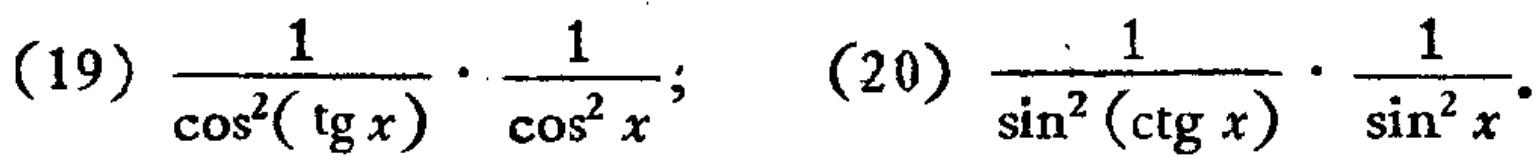
(19) \(\frac{1}{\cos^{2}(\tg x)}\cdot\frac{1}{\cos^{2}x}\); (20) \(\frac{1}{\sin^{2}(\ctg x)}\cdot\frac{1}{\sin^{2}x}\)